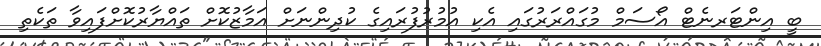
ބީ އިންޓަރނެޓް އޯސަމް މުގައްރަރުގައި އެކި އުމުރުފުރައިގެ ކުދިންނަށް އަމާޒުކޮށް ތައްޔާރުކޮށްފައިވާ ތަކެތި